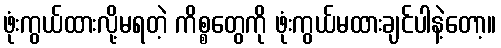
ဖုံးကွယ်ထားလို့မရတဲ့ ကိစ္စတွေကို ဖုံးကွယ်မထားချင်ပါနဲ့တော့။